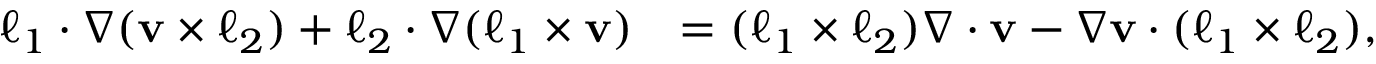
\begin{array} { r l } { \boldsymbol { \ell } _ { 1 } \cdot \nabla ( \mathbf { v } \times \boldsymbol { \ell } _ { 2 } ) + \boldsymbol { \ell } _ { 2 } \cdot \nabla ( \boldsymbol { \ell } _ { 1 } \times \mathbf { v } ) } & { = ( \boldsymbol { \ell } _ { 1 } \times \boldsymbol { \ell } _ { 2 } ) \nabla \cdot \mathbf { v } - \nabla \mathbf { v } \cdot ( \boldsymbol { \ell } _ { 1 } \times \boldsymbol { \ell } _ { 2 } ) , } \end{array}